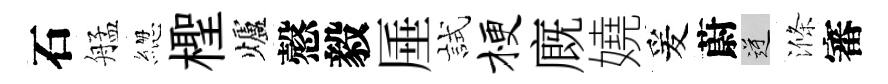
石艋緫檉爐慤毅厜試梗廐嬈爰蔚逆滌審